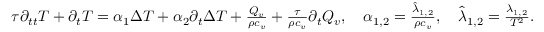
\begin{array} { r } { \tau \partial _ { t t } T + \partial _ { t } T = \alpha _ { 1 } \Delta T + \alpha _ { 2 } \partial _ { t } \Delta T + \frac { Q _ { v } } { \rho c _ { v } } + \frac { \tau } { \rho c _ { v } } \partial _ { t } Q _ { v } , \quad \alpha _ { 1 , 2 } = \frac { \hat { \lambda } _ { 1 , 2 } } { \rho c _ { v } } , \quad \hat { \lambda } _ { 1 , 2 } = \frac { \lambda _ { 1 , 2 } } { T ^ { 2 } } . } \end{array}